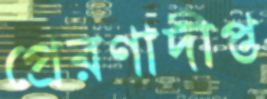
প্রেরণাদীপ্ত